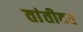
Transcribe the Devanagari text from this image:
तांतीवर